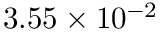
3 . 5 5 \times 1 0 ^ { - 2 }